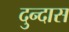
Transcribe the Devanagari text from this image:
दुन्दास